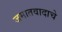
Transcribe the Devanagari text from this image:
जमातवादाचे